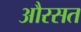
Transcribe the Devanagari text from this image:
औरसत